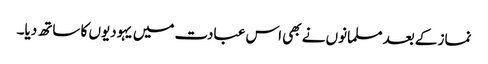
نماز کے بعد مسلمانوں نے بھی اس عبادت میں یہودیوں کا ساتھ دیا۔